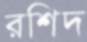
রশিদ